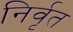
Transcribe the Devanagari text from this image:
निर्वृत